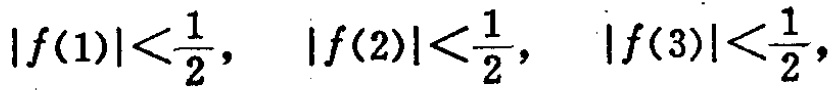
\(|f(1)|<\frac{1}{2}, \quad |f(2)|<\frac{1}{2}, \quad |f(3)|<\frac{1}{2},\)